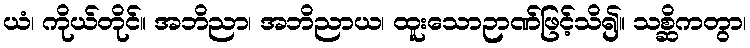
ယံ၊ ကိုယ်တိုင်။ အဘိညာ၊ အဘိညာယ၊ ထူးသောဉာဏ်ဖြင့်သိ၍။ သစ္ဆိကတွာ၊